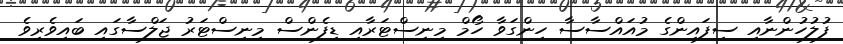
ފުލުހުންނާއި ސިފައިންގެ މުއައްސާސާ ހިންގަވާ ހޯމް މިނިސްޓަރާއި ޑިފެންސް މިނިސްޓަރު ޖަލްސާގައި ބައިވެރިވެ